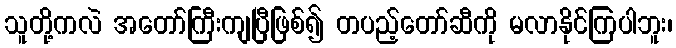
သူတို့ကလဲ အတော်ကြီးကျပြီဖြစ်၍ တပည့်တော်ဆီကို မလာနိုင်ကြပါဘူး၊